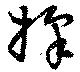
擇